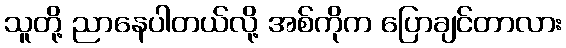
သူတို့ ညာနေပါတယ်လို့ အစ်ကိုက ပြောချင်တာလား